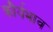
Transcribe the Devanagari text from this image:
क्रौर्यभाव